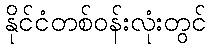
နိုင်ငံတစ်ဝန်းလုံးတွင်